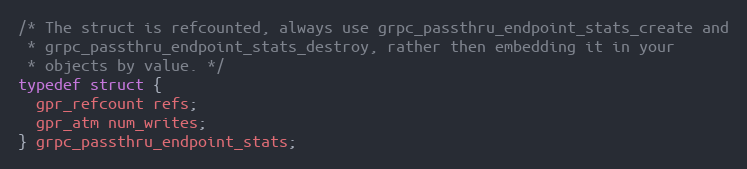
Language: C
/* The struct is refcounted, always use grpc_passthru_endpoint_stats_create and
 * grpc_passthru_endpoint_stats_destroy, rather then embedding it in your
 * objects by value. */
typedef struct {
  gpr_refcount refs;
  gpr_atm num_writes;
} grpc_passthru_endpoint_stats;